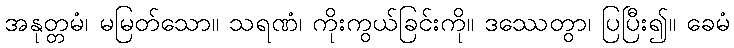
အနုတ္တမံ၊ မမြတ်သော။ သရဏံ၊ ကိုးကွယ်ခြင်းကို။ ဒဿေတွာ၊ ပြပြီး၍။ ခေမံ